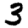
Digit: 3